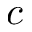
c